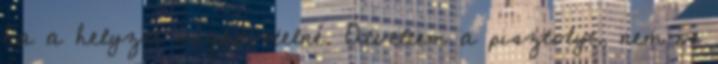
ha a helyzet megkövetelné. Átvettem a pisztolyt, nem is